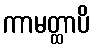
ကာမတ္ထာပိ